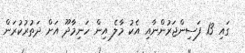
ގައި 13 ފަސިންޖަރުންނާއި އެކު މާލެ އިން ހަނިމާދޫ އަށް ދަތުރުކުރަން